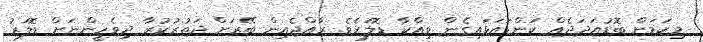
މިކަމަށް ބޮޑުއަދަދެއް ކަންޑައަޅައިގެން ވިއްކާ ޑޮލަރެވެ. ރާއްޖެއިން ބޭރަށް ދަތުރުކުރާ ދިވެހީންނަށް ޑޮލަރު